Leaving Certificate Examination (including Day School Certificate (Higher) General paper), 1927
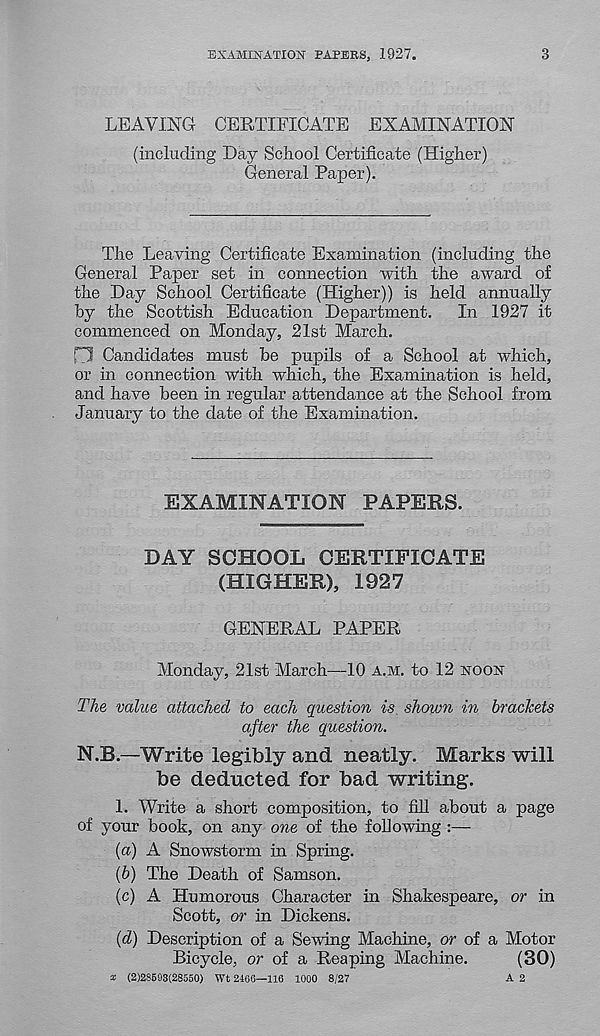
EXAMINATION PAPERS, 1927.
3
LEAVING CERTIFICATE EXAMINATION
(including Day School Certificate (Higher)
General Paper).
The Leaving Certificate Examination (including the
General Paper set in connection with the award of
the Day School Certificate (Higher)) is held annually
by the Scottish Education Department. In 1927 it
commenced on Monday, 21st March.
D Candidates must he pupils of a School at which,
or in connection with which, the Examination is held,
and have been in regular attendance at the School from
January to the date of the Examination.
EXAMINATION PAPERS.
DAY SCHOOL CERTIFICATE
(HIGHER), 1927
GENERAL PAPER
Monday, 21st March—10 A.M. to 12 NOON
The value attached to each question is shown in brackets
after the question.
N.B.—Write legibly and neatly. Marks will
be deducted for bad writing.
1. Write a short composition, to fill about a page
of your book, on any one of the following :—
{a) A Snowstorm in Spring.
(b) The Death of Samson.
(c) A Humorous Character in Shakespeare, or in
Scott, or in Dickens.
(d) Description of a Sewing Machine, or of a Motor
Bicycle, or of a Reaping Machine.
(30)
* (2)28693(28550) Wt 2406—116 1000 8/27
A 2